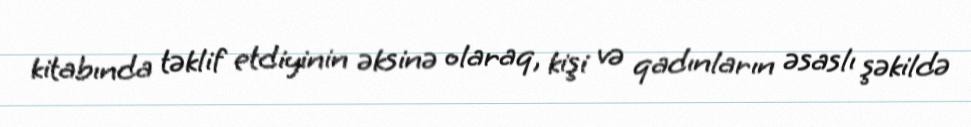
kitabında təklif etdiyinin əksinə olaraq, kişi və qadınların əsaslı şəkildə